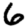
Digit: 6